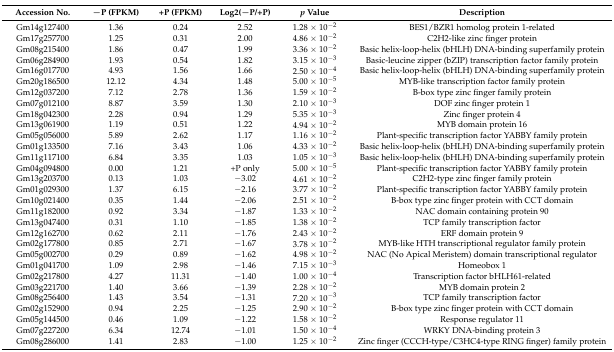
<table><thead><tr><td><b>Accession No.</b></td><td><b>−P (FPKM)</b></td><td><b>+P (FPKM)</b></td><td><b>Log2(−P/+P)</b></td><td><b><i>p</i> Value</b></td><td><b>Description</b></td></tr></thead><tbody><tr><td>Gm14g127400</td><td>1.36</td><td>0.24</td><td>2.52</td><td>1.28 × 10<sup>−2</sup></td><td>BES1/BZR1 homolog protein 1-related</td></tr><tr><td>Gm17g257700</td><td>1.25</td><td>0.31</td><td>2.00</td><td>4.86 × 10<sup>−2</sup></td><td>C2H2-like zinc finger protein</td></tr><tr><td>Gm08g215400</td><td>1.86</td><td>0.47</td><td>1.99</td><td>3.36 × 10<sup>−2</sup></td><td>Basic helix-loop-helix (bHLH) DNA-binding superfamily protein</td></tr><tr><td>Gm06g284900</td><td>1.93</td><td>0.54</td><td>1.82</td><td>3.15 × 10<sup>−3</sup></td><td>Basic-leucine zipper (bZIP) transcription factor family protein</td></tr><tr><td>Gm16g017700</td><td>4.93</td><td>1.56</td><td>1.66</td><td>2.50 × 10<sup>−4</sup></td><td>Basic helix-loop-helix (bHLH) DNA-binding superfamily protein</td></tr><tr><td>Gm20g186500</td><td>12.12</td><td>4.34</td><td>1.48</td><td>5.00 × 10<sup>−5</sup></td><td>MYB-like transcription factor family protein</td></tr><tr><td>Gm12g037200</td><td>7.12</td><td>2.78</td><td>1.36</td><td>1.59 × 10<sup>−2</sup></td><td>B-box type zinc finger family protein</td></tr><tr><td>Gm07g012100</td><td>8.87</td><td>3.59</td><td>1.30</td><td>2.10 × 10<sup>−3</sup></td><td>DOF zinc finger protein 1</td></tr><tr><td>Gm18g042300</td><td>2.28</td><td>0.94</td><td>1.29</td><td>5.35 × 10<sup>−3</sup></td><td>Zinc finger protein 4</td></tr><tr><td>Gm13g061900</td><td>1.19</td><td>0.51</td><td>1.22</td><td>4.94 × 10<sup>−2</sup></td><td>MYB domain protein 16</td></tr><tr><td>Gm05g056000</td><td>5.89</td><td>2.62</td><td>1.17</td><td>1.16 × 10<sup>−2</sup></td><td>Plant-specific transcription factor YABBY family protein</td></tr><tr><td>Gm01g133500</td><td>7.16</td><td>3.43</td><td>1.06</td><td>4.33 × 10<sup>−2</sup></td><td>Basic helix-loop-helix (bHLH) DNA-binding superfamily protein</td></tr><tr><td>Gm11g117100</td><td>6.84</td><td>3.35</td><td>1.03</td><td>1.05 × 10<sup>−3</sup></td><td>Basic helix-loop-helix (bHLH) DNA-binding superfamily protein</td></tr><tr><td>Gm04g094800</td><td>0.00</td><td>1.21</td><td>+P only</td><td>5.00 × 10<sup>−5</sup></td><td>Plant-specific transcription factor YABBY family protein</td></tr><tr><td>Gm13g203700</td><td>0.13</td><td>1.03</td><td>−3.02</td><td>4.61 × 10<sup>−2</sup></td><td>C2H2-type zinc finger family protein</td></tr><tr><td>Gm01g029300</td><td>1.37</td><td>6.15</td><td>−2.16</td><td>3.77 × 10<sup>−2</sup></td><td>Plant-specific transcription factor YABBY family protein</td></tr><tr><td>Gm10g021400</td><td>0.35</td><td>1.44</td><td>−2.06</td><td>2.51 × 10<sup>−2</sup></td><td>B-box type zinc finger protein with CCT domain</td></tr><tr><td>Gm11g182000</td><td>0.92</td><td>3.34</td><td>−1.87</td><td>1.33 × 10<sup>−2</sup></td><td>NAC domain containing protein 90</td></tr><tr><td>Gm13g047400</td><td>0.31</td><td>1.10</td><td>−1.85</td><td>1.38 × 10<sup>−2</sup></td><td>TCP family transcription factor</td></tr><tr><td>Gm12g162700</td><td>0.62</td><td>2.11</td><td>−1.76</td><td>2.43 × 10<sup>−2</sup></td><td>ERF domain protein 9</td></tr><tr><td>Gm02g177800</td><td>0.85</td><td>2.71</td><td>−1.67</td><td>3.78 × 10<sup>−2</sup></td><td>MYB-like HTH transcriptional regulator family protein</td></tr><tr><td>Gm05g002700</td><td>0.29</td><td>0.89</td><td>−1.62</td><td>4.98 × 10<sup>−2</sup></td><td>NAC (No Apical Meristem) domain transcriptional regulator</td></tr><tr><td>Gm01g041700</td><td>1.09</td><td>2.98</td><td>−1.46</td><td>7.15 × 10<sup>−3</sup></td><td>Homeobox 1</td></tr><tr><td>Gm02g217800</td><td>4.27</td><td>11.31</td><td>−1.40</td><td>1.00 × 10<sup>−4</sup></td><td>Transcription factor bHLH61-related</td></tr><tr><td>Gm03g221700</td><td>1.40</td><td>3.66</td><td>−1.39</td><td>2.28 × 10<sup>−2</sup></td><td>MYB domain protein 2</td></tr><tr><td>Gm08g256400</td><td>1.43</td><td>3.54</td><td>−1.31</td><td>7.20 × 10<sup>−3</sup></td><td>TCP family transcription factor</td></tr><tr><td>Gm02g152900</td><td>0.94</td><td>2.25</td><td>−1.25</td><td>2.90 × 10<sup>−2</sup></td><td>B-box type zinc finger protein with CCT domain</td></tr><tr><td>Gm05g144500</td><td>0.46</td><td>1.09</td><td>−1.22</td><td>1.58 × 10<sup>−2</sup></td><td>Response regulator 11</td></tr><tr><td>Gm07g227200</td><td>6.34</td><td>12.74</td><td>−1.01</td><td>1.50 × 10<sup>−4</sup></td><td>WRKY DNA-binding protein 3</td></tr><tr><td>Gm08g286000</td><td>1.41</td><td>2.83</td><td>−1.00</td><td>1.25 × 10<sup>−2</sup></td><td>Zinc finger (CCCH-type/C3HC4-type RING finger) family protein</td></tr></tbody></table>